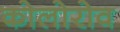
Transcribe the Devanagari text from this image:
कोलोरोव